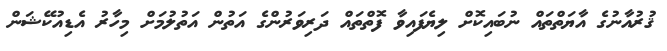
ޤުރުއާނުގެ އާޔަތްތައް ނުބައިކޮށް ލިޔެފައިވާ ފޮތްތައް ދަރިވަރުންގެ އަތުން އަތުލުމަށް މިހާރު އެޑިއުކޭޝަން